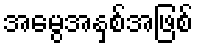
အမွေအနှစ်အဖြစ်